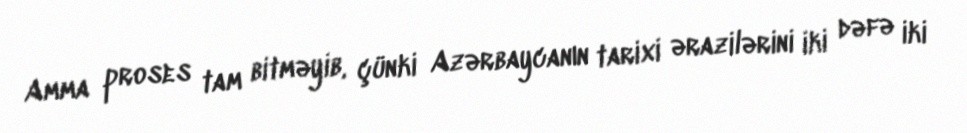
Amma proses tam bitməyib, çünki Azərbaycanın tarixi ərazilərini iki dəfə iki